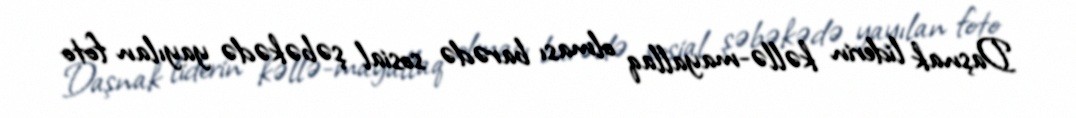
Daşnak liderin kəllə-mayallaq olması barədə sosial şəbəkədə yayılan foto